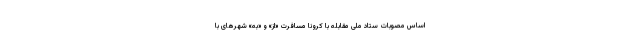
اساس مصوبات ستاد ملی مقابله با کرونا مسافرت «از» و «به» شهرهای با